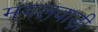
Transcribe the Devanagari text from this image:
मंगलवाड़ी